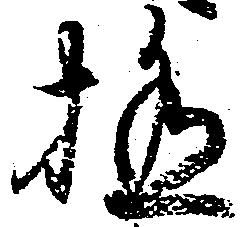
極